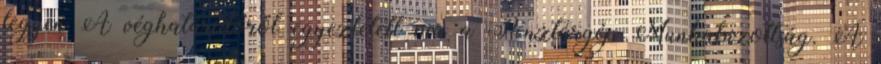
legyen A véghatáridőről egyeztetett ma a Pénztárgép Munkabizottság. A